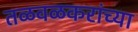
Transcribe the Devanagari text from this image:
तळवळकरांच्या